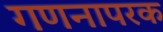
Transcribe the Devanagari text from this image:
गणनापरक